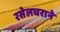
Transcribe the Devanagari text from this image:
रसेलघराने